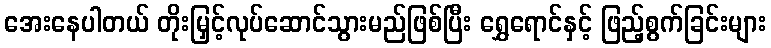
အေးနေပါတယ် တိုးမြှင့်လုပ်ဆောင်သွားမည်ဖြစ်ပြီး ရွှေရောင်နှင့် ဖြည့်စွက်ခြင်းများ